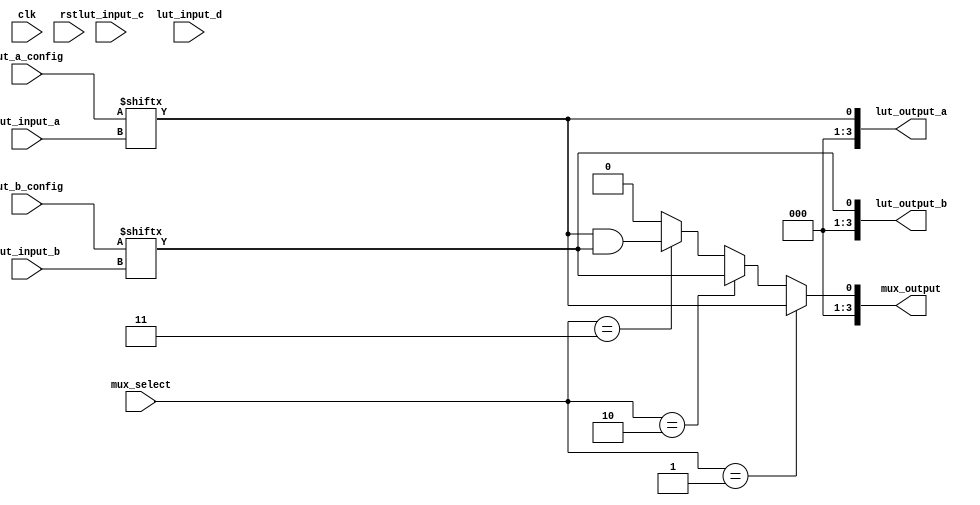
module CLB (
    input wire [3:0] lut_input_a,      // Inputs to LUT A
    input wire [3:0] lut_input_b,      // Inputs to LUT B
    input wire [3:0] lut_input_c,      // Inputs to LUT C
    input wire [3:0] lut_input_d,      // Inputs to LUT D
    input wire [3:0] mux_select,       // MUX select signals
    input wire clk,                     // Clock for flip-flops
    input wire rst,                     // Reset signal
    input wire [15:0] lut_a_config,    // Configuration for LUT A
    input wire [15:0] lut_b_config,    // Configuration for LUT B
    output wire [3:0] mux_output,      // MUX output
    output wire [3:0] lut_output_a,    // Output from LUT A
    output wire [3:0] lut_output_b     // Output from LUT B
);

// Lookup Table (LUT) A
wire [3:0] lut_a_out;
assign lut_a_out = lut_a_config[lut_input_a];

// Lookup Table (LUT) B
wire [3:0] lut_b_out;
assign lut_b_out = lut_b_config[lut_input_b];

// MUX Logic
assign mux_output = (mux_select == 4'b0001) ? lut_a_out :
                    (mux_select == 4'b0010) ? lut_b_out :
                    (mux_select == 4'b0011) ? (lut_a_out & lut_b_out) : // Example of combining outputs
                    4'b0000; // Default output

// Flip-Flop for storing intermediate results
reg [3:0] ff_output;
always @(posedge clk or posedge rst) begin
    if (rst) begin
        ff_output <= 4'b0000;
    end else begin
        ff_output <= mux_output; // Store MUX output
    end
end

// Output assignments
assign lut_output_a = lut_a_out;
assign lut_output_b = lut_b_out;

endmodule